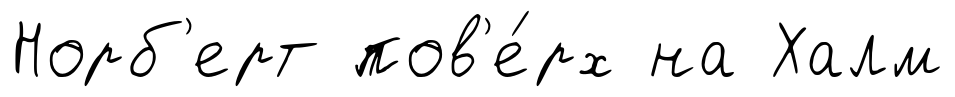
Норб'ерт пов'е́рх на Халм